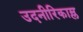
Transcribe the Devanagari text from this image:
उदनीरिकाम्ल